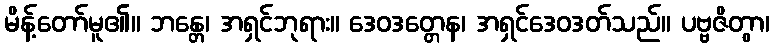
မိန့်တော်မူ၏။ ဘန္တေ၊ အရှင်ဘုရား။ ဒေဝဒတ္တေန၊ အရှင်ဒေဝဒတ်သည်။ ပဗ္ဗဇိတွာ၊